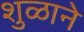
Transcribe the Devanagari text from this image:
शुळाने